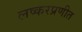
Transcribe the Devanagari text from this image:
लष्करप्रणीत